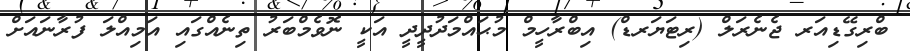
ބްރިގޭޑިއަރ ޖެނެރަލް (ރިޓަޔަރޑް) އިބްރާހީމް މުޙައްމަދުދީދީ އަކީ ނޮވެމްބަރު ތިނެއްގައި އަމިއްލަ ފުރާނައަށް